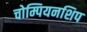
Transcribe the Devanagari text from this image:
चोम्पियनशिप